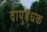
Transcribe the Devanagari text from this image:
वायुबंधक